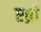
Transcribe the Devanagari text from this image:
एब्रों